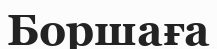
Боршаға